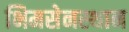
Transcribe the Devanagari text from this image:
भिमसेनस्थान